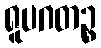
ရူပဂတဉ္စ